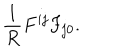
\frac { 1 } { R } F ^ { i j } F _ { j 0 } .